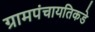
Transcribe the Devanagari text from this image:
ग्रामपंचायतिकडे